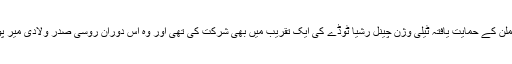
2015ء میں فلین نے کریملن کے حمایت یافتہ ٹیلی وژن چینل رشیا ٹوڈے کی ایک تقریب میں بھی شرکت کی تھی اور وہ اس دوران روسی صدر ولادی میر پوٹن کے ساتھ بیٹھے تھے۔